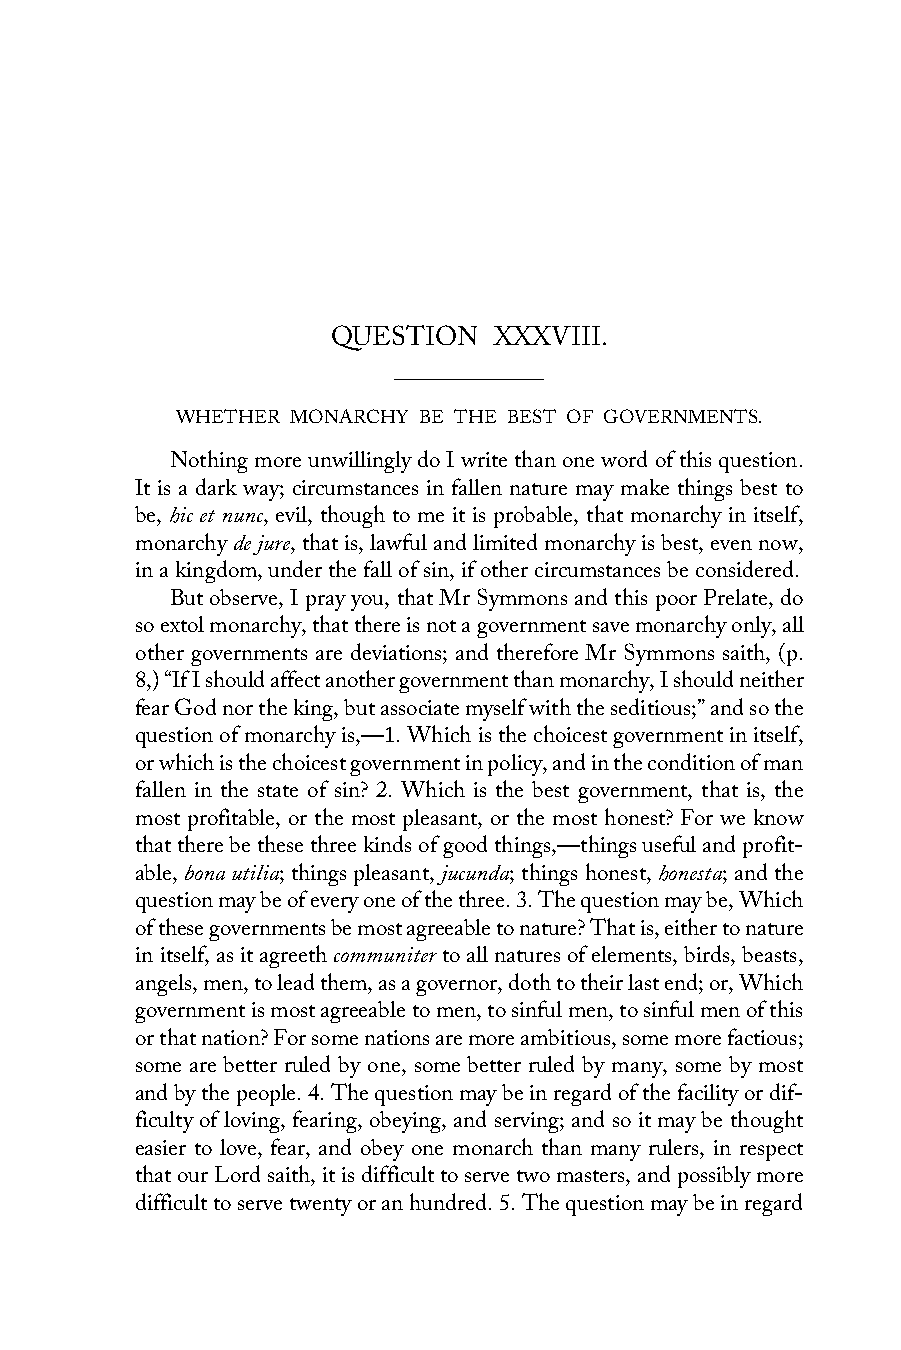
QUESTION   XXXVIII.
 WHETHER MONARCHY BE THE BEST OF GOVERNMENTS.
 Nothing more unwillingly do I write than one word of this question.
 It is a dark way; circumstances in fallen nature may make things best to
 be, hic et nunc, evil, though to me it is probable, that monarchy in itself,
 monarchy de jure, that is, lawful and limited monarchy is best, even now,
 in a kingdom, under the fall of sin, if other circumstances be considered.
 But observe, I pray you, that Mr Symmons and this poor Prelate, do
 so extol monarchy, that there is not a government save monarchy only, all
 other governments are deviations; and therefore Mr Symmons saith, (p.
 8,) “If I should affect another government than monarchy, I should neither
 fear God nor the king, but associate myself with the seditious;” and so the
 question of monarchy is,—1. Which is the choicest government in itself,
 or which is the choicest government in policy, and in the condition of man
 fallen in the state of sin? 2. Which is the best government, that is, the
 most profitable, or the most pleasant, or the most honest? For we know
 that there be these three kinds of good things,—things useful and profit-
 able, bona utilia; things pleasant, jucunda; things honest, honesta; and the
 question may be of every one of the three. 3. The question may be, Which
 of these governments be most agreeable to nature? That is, either to nature
 in itself, as it agreeth communiter to all natures of elements, birds, beasts,
 angels, men, to lead them, as a governor, doth to their last end; or, Which
 government is most agreeable to men, to sinful men, to sinful men of this
 or that nation? For some nations are more ambitious, some more factious;
 some are better ruled by one, some better ruled by many, some by most
 and by the people. 4. The question may be in regard of the facility or dif-
 ficulty of loving, fearing, obeying, and serving; and so it may be thought
 easier to love, fear, and obey one monarch than many rulers, in respect
 that our Lord saith, it is difficult to serve two masters, and possibly more
 difficult to serve twenty or an hundred. 5. The question may be in regard